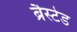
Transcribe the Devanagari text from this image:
ब्रैस्टेड